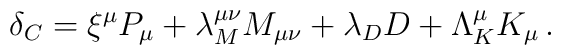
\delta_C= \xi^\mu  P_\mu + \lambda_M^{\mu\nu}M_{\mu\nu}+ \lambda_D D +\Lambda_K^\mu K_\mu \,.